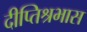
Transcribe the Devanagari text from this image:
दीप्तिश्रभास